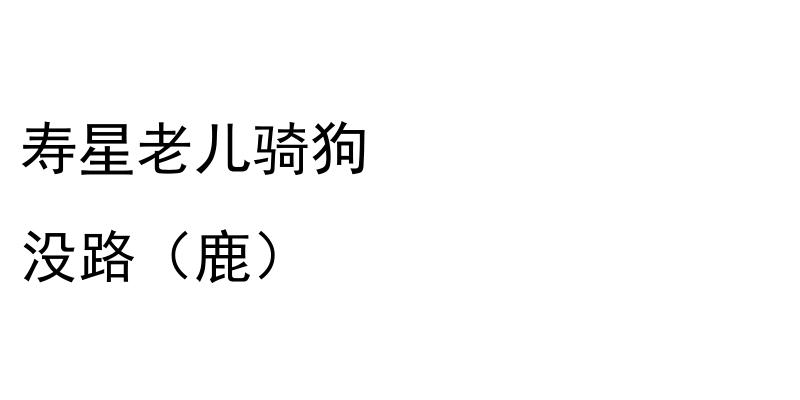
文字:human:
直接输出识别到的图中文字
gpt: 寿星老儿骑狗 没路（鹿）